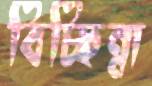
বিচ্ছিন্না